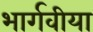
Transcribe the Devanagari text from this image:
भार्गवीया